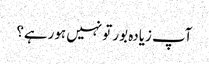
آپ زیادہ بور تو نہیں ہورہے؟